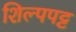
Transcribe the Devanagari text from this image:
शिल्पपट्ट